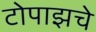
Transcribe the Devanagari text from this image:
टोपाझचे